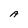
Character: A